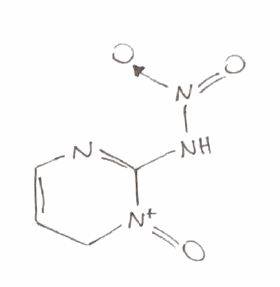
Simplified molecular-input line-entry system (SMILES) notation of the given molecule:
C1C=CN=C([N+]1=O)N[N+](=O)[O-]